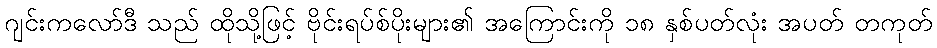
ဂျင်းကလော်ဒီ သည် ထိုသို့ဖြင့် ဗိုင်းရပ်စ်ပိုးများ၏ အကြောင်းကို ၁၈ နှစ်ပတ်လုံး အပတ် တကုတ်